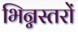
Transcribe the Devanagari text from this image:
भिन्नस्तरों